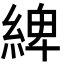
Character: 綼